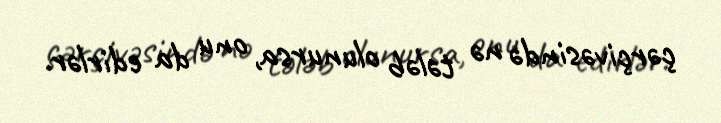
çərçivəsində nə tələb olunursa, onu da edirlər.